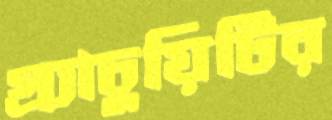
গ্র্যাচুয়িটির